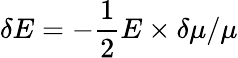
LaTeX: \delta E=-\frac{1}{2}E\times\delta\mu/\mu